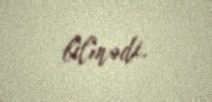
bilmədi.